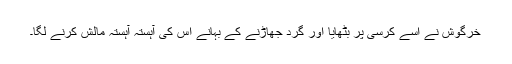
خرگوش نے اسے کرسی پر بٹھایا اور گرد جھاڑنے کے بہانے اس کی آہستہ آہستہ مالش کرنے لگا۔